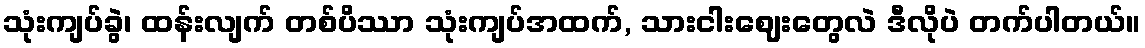
သုံးကျပ်ခွဲ၊ ထန်းလျက် တစ်ပိဿာ သုံးကျပ်အထက်, သားငါးဈေးတွေလဲ ဒီလိုပဲ တက်ပါတယ်။